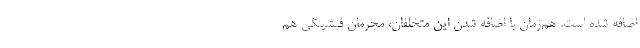
اضافه شده است. هم‌زمان با اضافه شدن این متخلفان، مجرمان فیشینگی هم